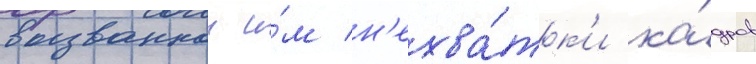
вызваннои и́м н'ехва́тк'и ка́дров